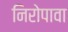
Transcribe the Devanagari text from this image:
निरोपावा